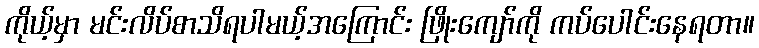
ကိုယ့်မှာ မင်းလိပ်စာသိရပါမယ့်အကြောင်း ဖြိုးကျော်ကို ကပ်ပေါင်းနေရတာ။